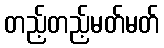
တည့်တည့်မတ်မတ်